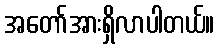
အတော်အားရှိလာပါတယ်။